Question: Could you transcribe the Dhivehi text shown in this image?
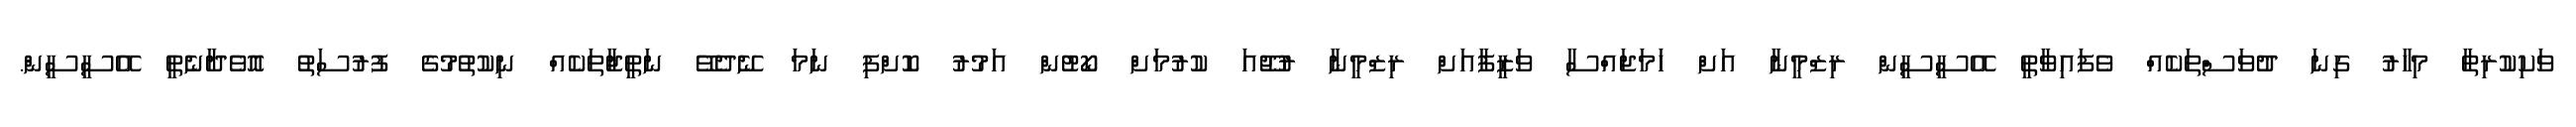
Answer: ވަކިކުރިތާ މިހާރު ގިނަ ދުވަސްތަކެއް ވެފައިވާތީ އޭސީސީން ރިޒްމީނާ އަށް ހަމަޖައްސާ ވަޒީފާއަށް ރިޒްމީނާ ރުޖޫއަ ކުރުމަށް ކޯޓުން އަމުރު ކޮށްފި ނަމަ ނޭދެވޭ ނަތީޖާތަކެއް ނިކުތުމުގެ ފުރުސަތު އޮވެދާނެތީ އޭސީސީން.